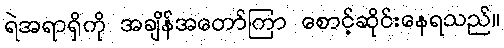
ရဲအရာရှိကို အချိန်အတော်ကြာ စောင့်ဆိုင်းနေရသည်။